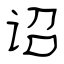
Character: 诏